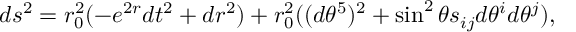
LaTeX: d s ^ { 2 } = r _ { 0 } ^ { 2 } ( - e ^ { 2 r } d t ^ { 2 } + d r ^ { 2 } ) + r _ { 0 } ^ { 2 } ( ( d \theta ^ { 5 } ) ^ { 2 } + \sin ^ { 2 } \theta s _ { i j } d \theta ^ { i } d \theta ^ { j } ) ,